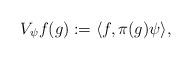
LaTeX: \begin{align*}V_{\psi} f(g) := \langle f, \pi(g)\psi \rangle,\end{align*}